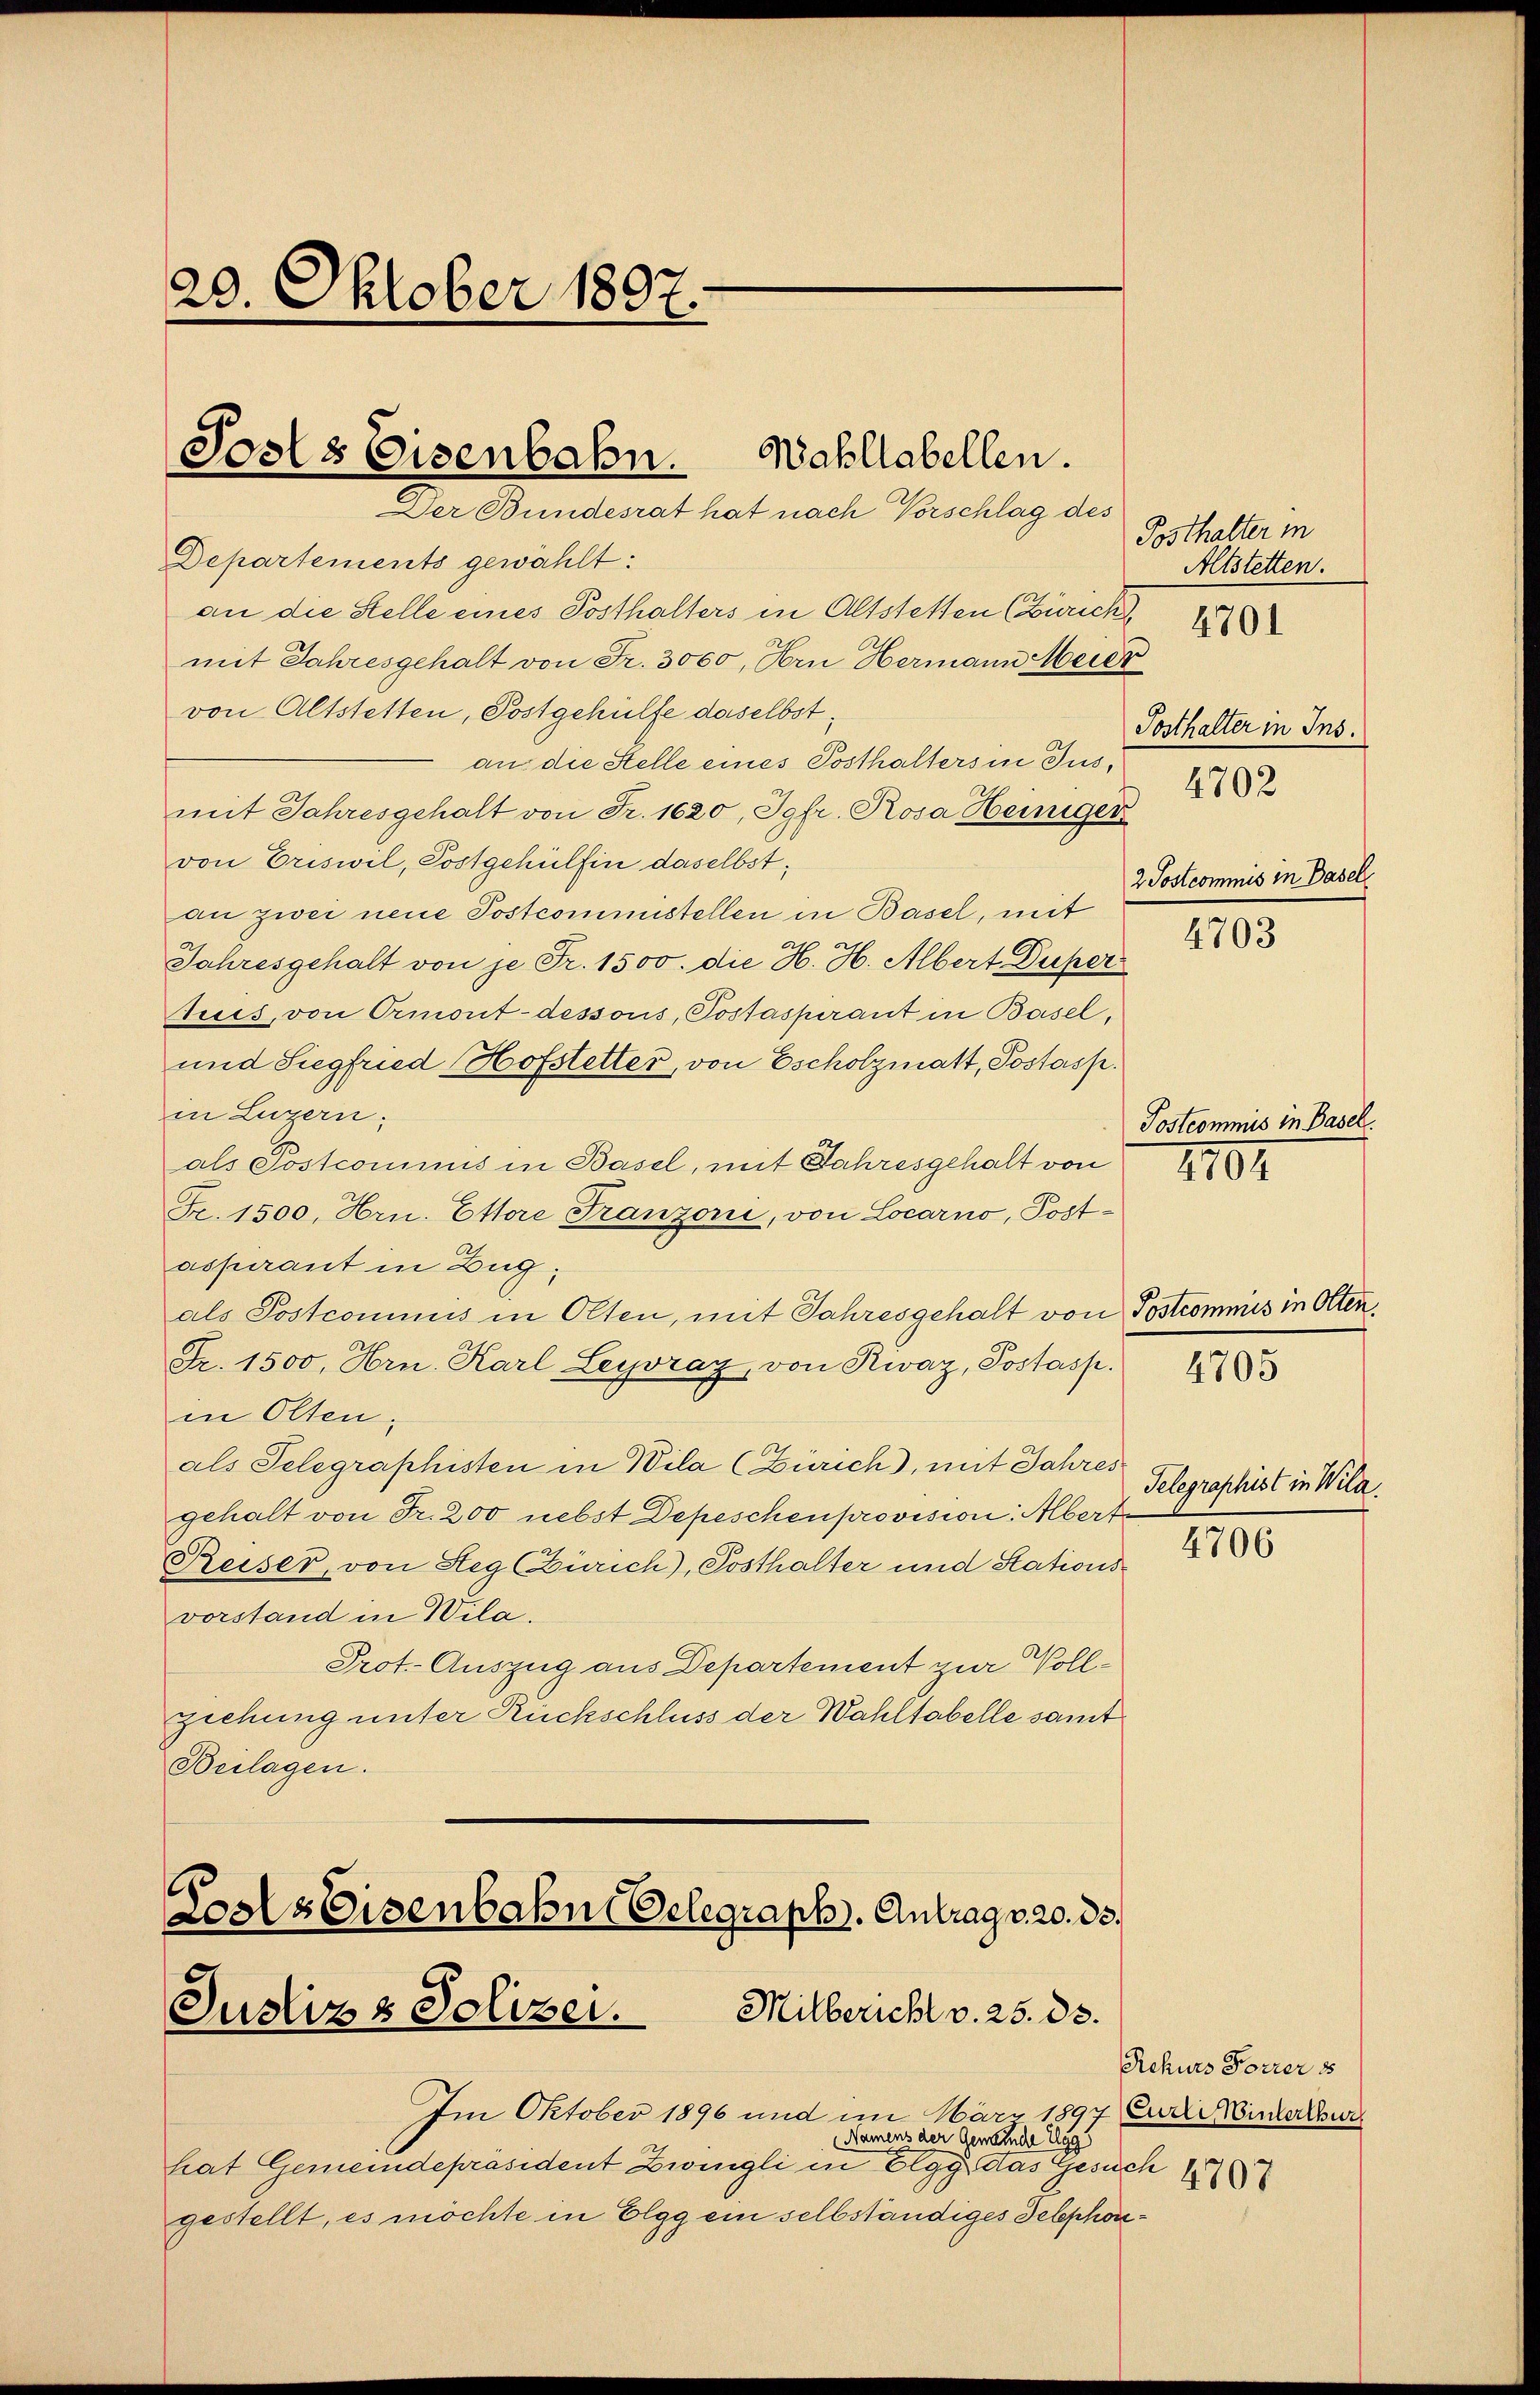
20. Oktober 1897.

Departements gewählt:
an die Stelle eines Posthalters in Altstetten (Zürich
mit Jahresgehalt von Fr. 3000, Hrn Hermann Meier
von Altstetten, Postgehülfe daselbst,
an die Stelle eines Posthalters in Jus
mit Jahresgehalt von Fr. 1620, Jgfr. Rosa Heiniger
von Eriswil, Postgehülfen daselbst;
an zwei neue Postcoministellen in Basel, mit
Jahresgehalt von je Fr. 1500. die H. H. Albert Duper
tues, von Ormont-dessous, Postaspirant in Basel,
und Siegfried Hofstetter, von Escholzmatt, Postasp.
in Luzern,
als Postcommis in Basel, mit Jahresgehalt von
Fr. 1500, Hrn. Ettere Franzorii, von Locarno, Postassurant in Zug,
als Postcomunis in Olten, mit Jahresgehalt von Postcommis in Otten,
Fr. 1500, Hrn. Karl Leyvrag, von Rivaz, Postasp.
in Olten,
als Telegraphisten in Bila (Zürich), mit Jahres
gehalt von Fr. 200 nebst Depeschenprovision: Albert
Reiser, von Seg Zürich), Posthalter und Stationsvorstand in Wila.
Prot. Auszug aus Departement zur Vollziehung unter Rückschluss der Wahltabelle samt
Beilagen.

Josts Eisenbahn.
Wahllabellen.
Der Bundesrat hat nach Vorschlag des

Cosls Eisenbahne Gelegraph. Antrag v. 20. ds.
Milbericht v. 25. ds.
Justiz & Polizei.

Im Oktober 1896 und im März 1897 Eurer interthur
Namens der Gemeinde Elgg
hat Gemeindepräsident Zwingli in Elgg das Gesuch
gestellt, es möchte in Elgg ein selbständiges Telephon¬

Posthalter in
Altstetten.
Sosthalter in Ins
4702
2. Postcommis in Basel,

4701

4703

Postcommis in Basel.
1702

4705

4706

Telegraphist in Wila.

Rekurs Forrer 185